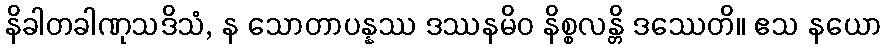
နိခါတခါဏုသဒိသံ, န သောတာပန္နဿ ဒဿနမိဝ နိစ္စလန္တိ ဒဿေတိ။ ဧသ နယော